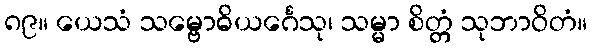
၈၉။ ယေသံ သမ္ဗောဓိယင်္ဂေသု၊ သမ္မာ စိတ္တံ သုဘာဝိတံ။